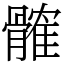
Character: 髉